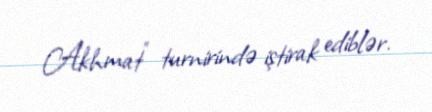
Akhmat” turnirində iştirak ediblər.